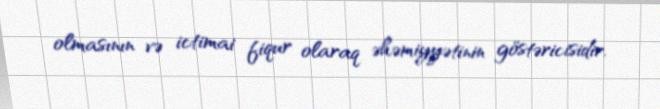
olmasının və ictimai fiqur olaraq əhəmiyyətinin göstəricisidir.